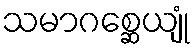
သမာဂစ္ဆေယျုံ